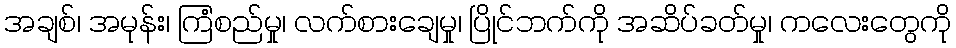
အချစ်၊ အမုန်း၊ ကြံစည်မှု၊ လက်စားချေမှု၊ ပြိုင်ဘက်ကို အဆိပ်ခတ်မှု၊ ကလေးတွေကို